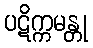
ပဋိက္ကမန္တု